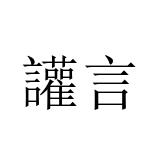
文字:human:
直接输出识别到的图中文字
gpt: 讙言